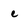
Character: e